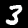
Label: 3